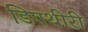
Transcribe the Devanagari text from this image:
डिपथीरी